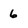
Character: 6